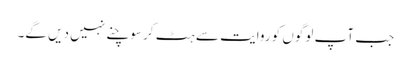
جب آپ لوگوں کو روایت سے ہٹ کر سوچنے نہیں دیں گے۔